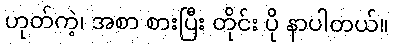
ဟုတ်ကဲ့၊ အစာ စားပြီး တိုင်း ပို နာပါတယ်။